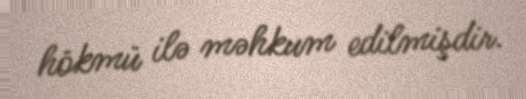
hökmü ilə məhkum edilmişdir.